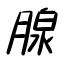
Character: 腺